Annual administration and progress report of the Indian Medical Department, Bombay
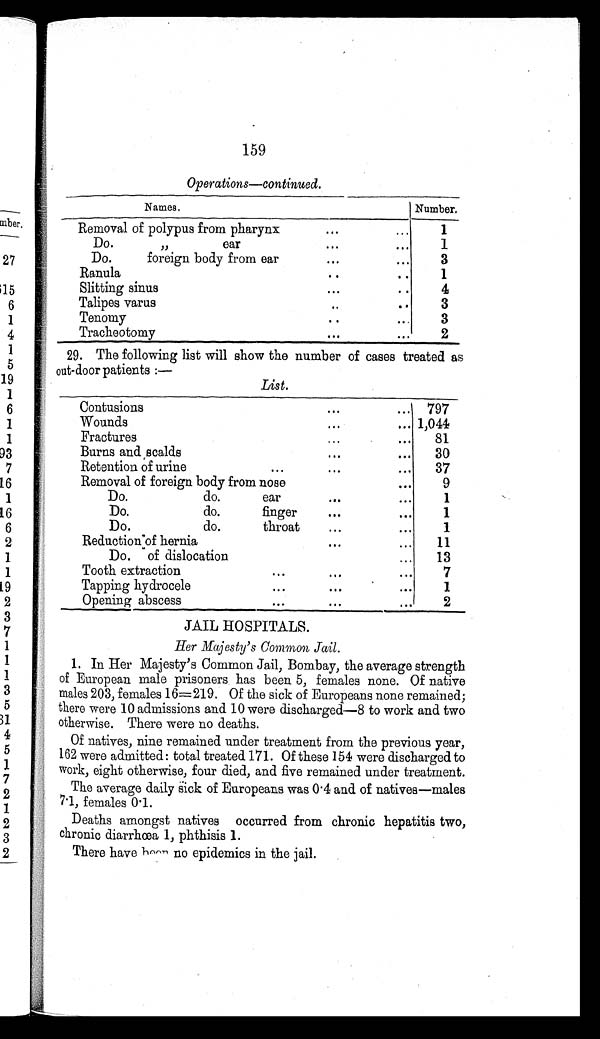
159
Operations—continued.
N a m e s .
Number.
Removal of polypus from pharynx . . .
1
Do . " ear . . .
1
Do. foreign body from ear . . .
3
Ranula . . .
1
Slitting sinus . . .
4
Talipes varus . . .
3
Tenomy . . .
3
Tracheotomy . . .
2
29. The following list will show the number of cases treated as
nut-door patients :—
List.
Contusions . . . 797
Wounds . . . 1,044
F r a c t u r e s . . .
81
Burns and scalds . . .
30
R e t e n t i o n o f u r i n e . . .
37
Removal of foreign body from nose . . .
9
Do. do. ear . . .
1
Do. do. finger . . .
1
Do. do. throat . . .
1
Reduction of hernia . . .
11
Do. of dislocation . . .
13
Tooth extraction . . .
7
Tapping hydrocele . . .
1
Opening abscess . . .
2
JAIL HOSPITALS.
Her Majesty's
Common Jail.
1. In Her Majesty's Common Jail, Bombay, the average strength
of European male prisoners has been 5, females none. Of native
males 203, females 16=219. Of the sick of Europeans none remained;
there were 10 admissions and 10 were discharged—8 to work and two
otherwise. There were no deaths.
Of natives, nine remained under treatment from the previous year,
162 were admitted: total treated 171. Of these 154 were discharged to
work, eight otherwise, four died, and five remained under treatment.
The average daily sick of Europeans was 0.4 and of natives—males
7.1, females 0.1.
Deaths amongst natives occurred from chronic hepatitis two,
chronic diarrhœa 1, phthisis 1.
There have been no epidemics in the jail.